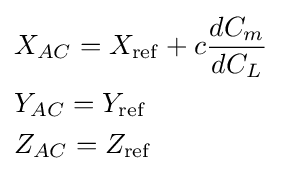
{\begin{aligned}&X_{AC}=X_{\mathrm {ref} }+c{dC_{m} \over dC_{L}}\\&Y_{AC}=Y_{\mathrm {ref} }\\&Z_{AC}=Z_{\mathrm {ref} }\end{aligned}}